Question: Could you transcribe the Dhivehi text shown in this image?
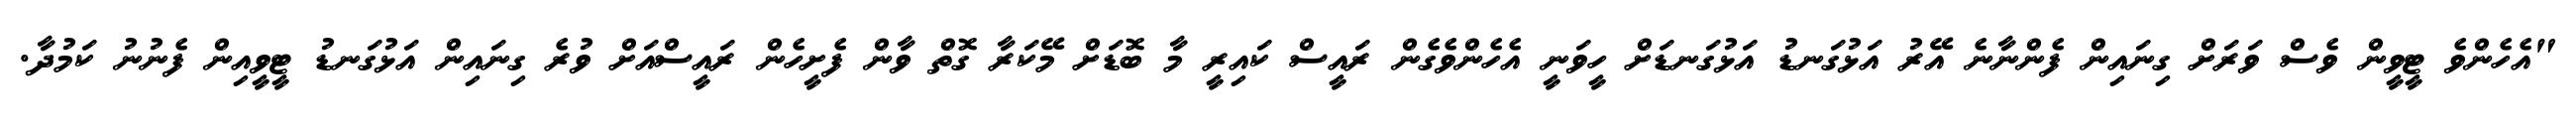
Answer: "އެހެންވެ ޓީވީން ވެސް ވަރަށް ގިނައިން ފެންނާނެ އޭރު އަޅުގަނޑު އަޅުގަނޑަށް ހީވަނީ އެހެންވެގެން ރައީސް ކައިރީ މާ ބޮޑަށް މޭކަރާ ގޮތް ވާން ފެށީހެން ރައީސްއަށް ވުރެ ގިނައިން އަޅުގަނޑު ޓީވީއިން ފެނުނު ކަމުދާ.